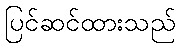
ပြင်ဆင်ထားသည်